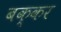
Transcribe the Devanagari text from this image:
बक्कर